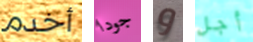
أخدم جودا و أجل